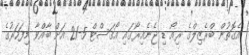
އެގޮތުން ބްރެޒިލްގެ ރިއޯ ޑި ޖެނެއިރޯގައި އޯގަސްޓް 5-21 އަށް ބާއްވާ މިފަހަރުގެ